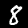
Digit: 8